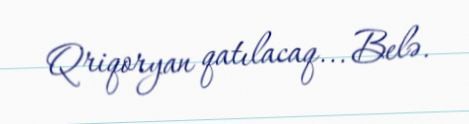
Qriqoryan qatılacaq... Belə.